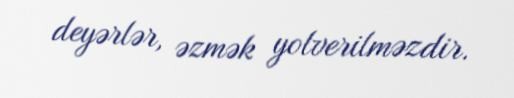
deyərlər, əzmək yolverilməzdir.